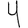
Digit: 4